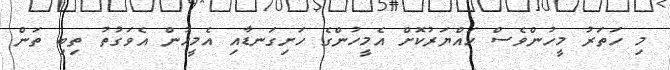
މި ހަތަރު މީހުންވެސް ހައްޔަރުކޮށް އެމީހުންގެ ހަށިގަނޑާއި އެމީހުން އެވަގުތު ތިބި ތަން